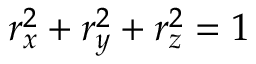
r _ { x } ^ { 2 } + r _ { y } ^ { 2 } + r _ { z } ^ { 2 } = 1